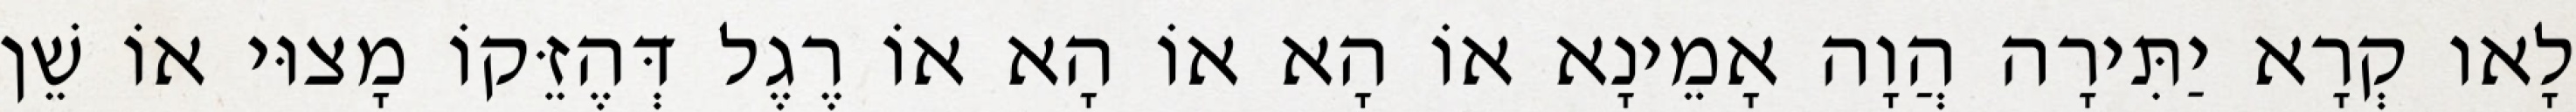
לָאו קְרָא יַתִּירָה הֲוָה אָמֵינָא אוֹ הָא אוֹ הָא אוֹ רֶגֶל דְּהֶזֵּקוֹ מָצוּי אוֹ שֵׁן